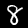
Label: 8